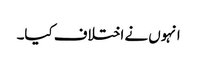
انہوں نے اختلاف کیا۔